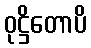
ဝုဋ္ဌိတောပိ